Civil Veterinary Department Bihar & Orissa reports 1929-36 - 1929-1936
Year: 1929
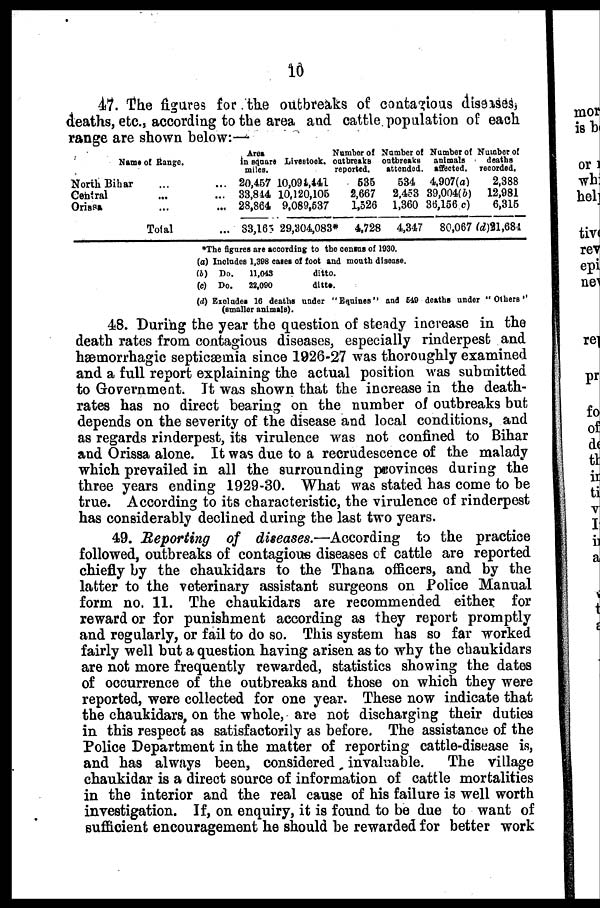
10
47. The figures for the outbreaks of contagious diseases,
deaths, etc., according to the area and cattle population of each
range are shown below:—
Name of Range.
North Bihar ... ...
Central ... ...
Orissa ... ...
Total ...
Area
in square
miles.
20,457
33,844
28,864
83,165
Livestook.
10,094,441
10,120,105
9,089,537
29,304,083*
Number of
out breaks
reported.
635
2,667
1,526
4,728
Number of
outbreaks
attended.
534
2,453
1,360
4,347
Number of
animals
affected.
4,907(a)
39,004(6)
36,156 c)
80,067
Number of
deaths
recorded.
2,388
12,981
6,315
(d)21,684
*The figures are according to the census of 1930.
(a) Includes 1,398 cases of foot and mouth disease.
(b) Do.
11,043
ditto.
(c) Do.
22,090
ditto.
(d) Excludes 16 deaths under "Equines" and 649 deaths under "Others'
(smaller animals).
48. During the year the question of steady increase in the
death rates from contagious diseases, especially rinderpest and
hæmorrhagic septicæmia since 1926-27 was thoroughly examined
and a full report explaining the actual position was submitted
to Government. It was shown that the increase in the death-
rates has no direct bearing on the number of outbreaks but
depends on the severity of the disease and local conditions, and
as regards rinderpest, its virulence was not confined to Bihar
and Orissa alone. It was due to a recrudescence of the malady
which prevailed in all the surrounding provinces during the
three years ending 1929-30. What was stated has come to be
true. According to its characteristic, the virulence of rinderpest
has considerably declined during the last two years.
49. Reporting
of diseases.—According
to the practice
followed, outbreaks of contagious diseases of cattle are reported
chiefly by the chaukidars to the Thana officers, and by the
latter to the veterinary assistant surgeons on Police Manual
form no. 11. The chaukidars are recommended either for
reward or for punishment according as they report promptly
and regularly, or fail to do so. This system has so far worked
fairly well but a question having arisen as to why the chaukidars
are not more frequently rewarded, statistics showing the dates
of occurrence of the outbreaks and those on which they were
reported, were collected for one year. These now indicate that
the chaukidars, on the whole, are not discharging their duties
in this respect as satisfactorily as before. The assistance of the
Police Department in the matter of reporting cattle-disease is,
and has always been, considered invaluable.
The village
chaukidar is a direct source of information of cattle mortalities
in the interior and the real cause of his failure is well worth
investigation. If, on enquiry, it is found to be due to want of
sufficient encouragement he should be rewarded for better work